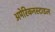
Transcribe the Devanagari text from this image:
अमेरिकनस्टाइल